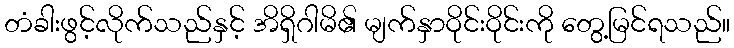
တံခါးဖွင့်လိုက်သည်နှင့် အိရှိဂါမိ၏ မျက်နှာဝိုင်းဝိုင်းကို တွေ့မြင်ရသည်။